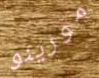
مورينو